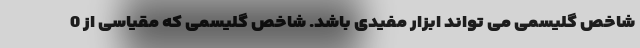
شاخص گلیسمی می تواند ابزار مفیدی باشد. شاخص گلیسمی که مقیاسی از 0